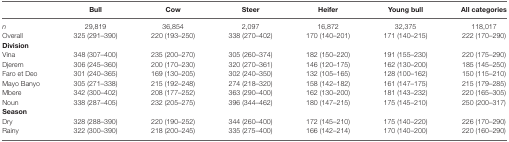
<table><thead><tr><td></td><td><b>Bull</b></td><td><b>Cow</b></td><td><b>Steer</b></td><td><b>Heifer</b></td><td><b>Young bull</b></td><td><b>All categories</b></td></tr></thead><tbody><tr><td><i>n</i></td><td>29,819</td><td>36,854</td><td>2,097</td><td>16,872</td><td>32,375</td><td>118,017</td></tr><tr><td>Overall</td><td>325 (291–390)</td><td>220 (193–250)</td><td>338 (270–402)</td><td>170 (140–201)</td><td>171 (140–215)</td><td>222 (170–290)</td></tr><tr><td colspan="7"><b>Division</b></td></tr><tr><td>Vina</td><td>348 (307–400)</td><td>235 (200–270)</td><td>305 (260–374)</td><td>182 (150–220)</td><td>191 (155–230)</td><td>220 (175–290)</td></tr><tr><td>Djerem</td><td>306 (245–360)</td><td>200 (170–230)</td><td>320 (270–361)</td><td>146 (120–175)</td><td>162 (130–200)</td><td>185 (145–250)</td></tr><tr><td>Faro et Deo</td><td>301 (240–365)</td><td>169 (130–205)</td><td>302 (240–350)</td><td>132 (105–165)</td><td>128 (100–162)</td><td>150 (115–210)</td></tr><tr><td>Mayo Banyo</td><td>305 (271–338)</td><td>215 (192–248)</td><td>274 (218–320)</td><td>158 (142–182)</td><td>161 (147–175)</td><td>215 (179–285)</td></tr><tr><td>Mbere</td><td>342 (300–402)</td><td>208 (177–252)</td><td>363 (290–400)</td><td>162 (130–200)</td><td>181 (143–232)</td><td>220 (165–305)</td></tr><tr><td>Noun</td><td>338 (287–405)</td><td>232 (205–275)</td><td>396 (344–462)</td><td>180 (147–215)</td><td>175 (145–210)</td><td>250 (200–317)</td></tr><tr><td colspan="7"><b>Season</b></td></tr><tr><td>Dry</td><td>328 (288–390)</td><td>220 (190–252)</td><td>344 (260–400)</td><td>172 (145–210)</td><td>175 (140–220)</td><td>226 (170–290)</td></tr><tr><td>Rainy</td><td>322 (300–390)</td><td>218 (200–245)</td><td>335 (275–400)</td><td>166 (142–214)</td><td>170 (140–200)</td><td>220 (160–290)</td></tr></tbody></table>